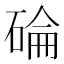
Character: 碖